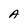
Character: A